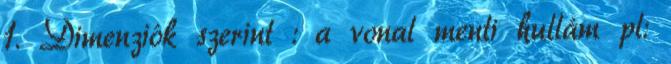
1. Dimenziók szerint : a vonal menti hullám pl: